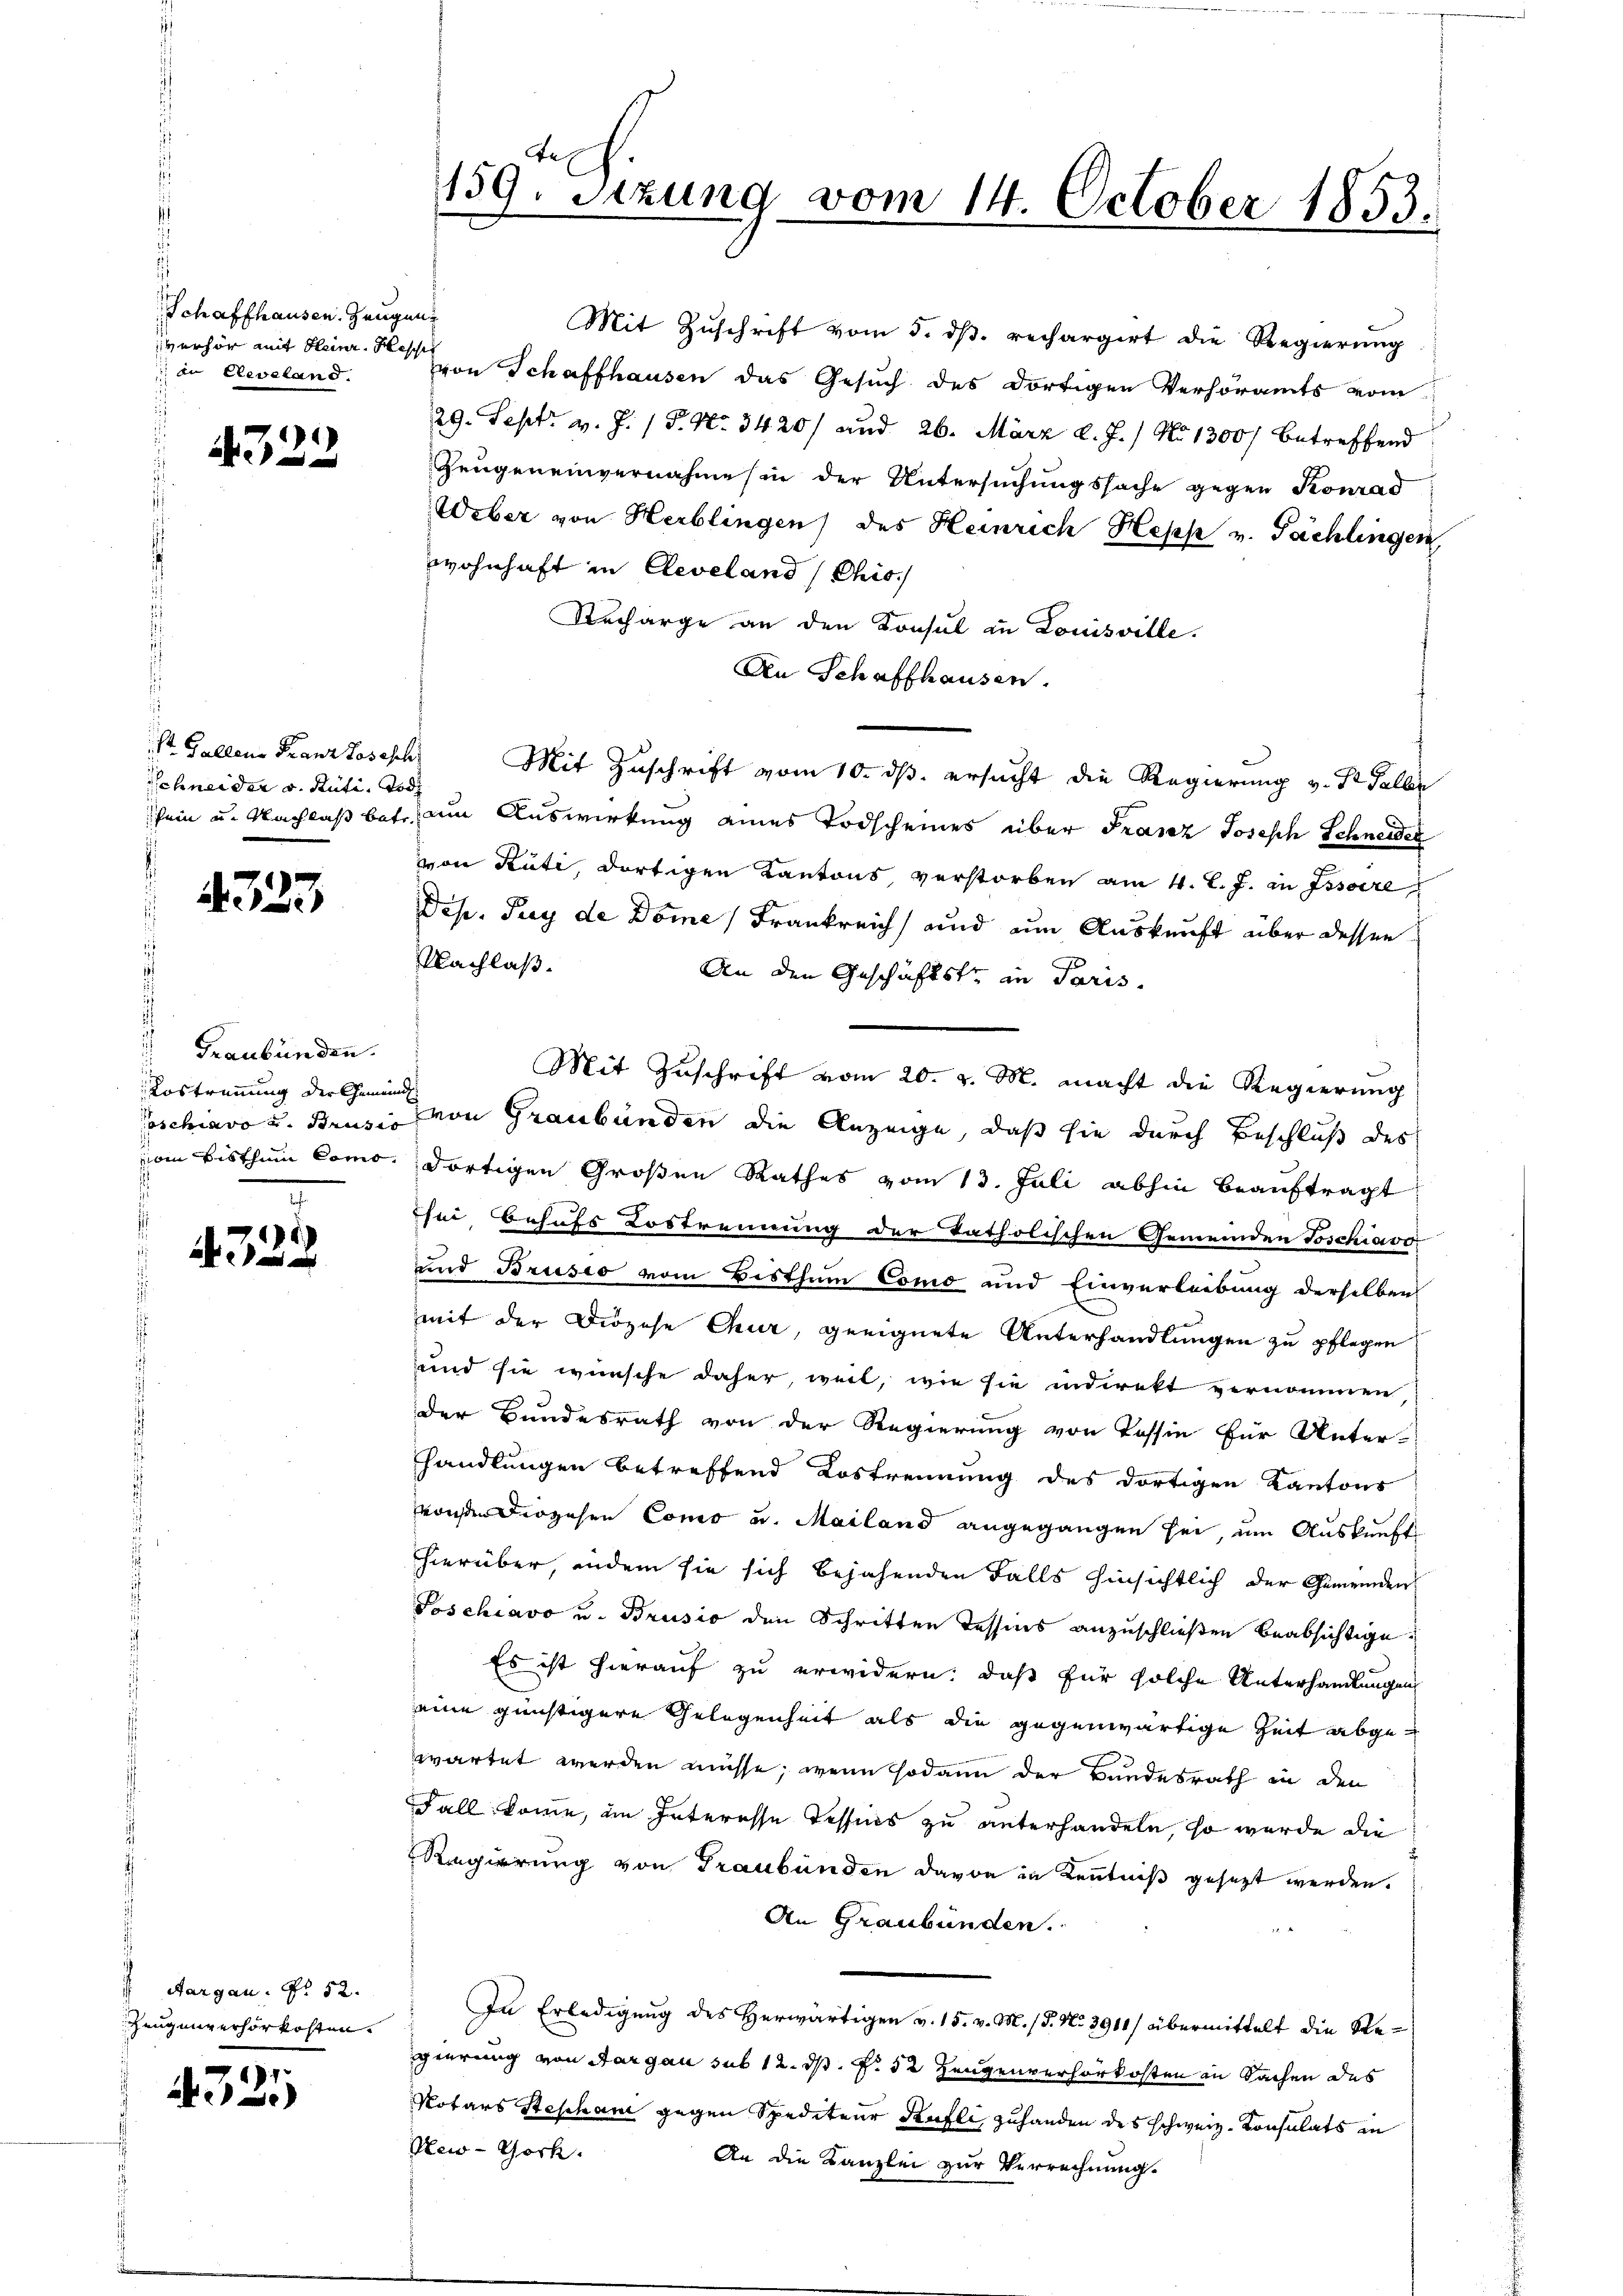
Schaffhausen. Zeugenverhör mit Heinr. Hessi
 in Reveland.

)
 f 0 x

St. Gallene Franz Losesch
Schneider v. Rüti, Tod

4323

Graubünden.
Lostrennung der Gemeind
s

4.333

Aargau. Nr. 52.
Zeugenverhörkosten.

4325

Mit Zŭschrift vom 5. dβ. rechargirt die Regierŭng
vvon Schaffhausen das Gesuch des dortigen Verhöramts vom
29. Sept. v. J. P. Nr. 3420/ und 26. März d. J.) No 1300) betreffend
Zeugeneinvernahme in der Untersuchungssache gegen Konrad
Weber von Herblingen des Heinrich Hess v. Fächlingen
wohnhaft in Cleveland (Chis.
Recharge an den Konsul in Louisville.
An Schaffhausen.
Mit Zuschrift vom 10. ds. ersucht die Regierung v. St. Galler
sein u. Nachlaß betr. um Auswirkung eines Todscheines über Franz Joseph Schneider
von Rüti, dortigen Kantons, verstorben am 4. l. J. in Issoire
Dese. Frey de Dome Frankreich und um Auskunft über dessen
Nachlaß.
An den Geschäftstr in Paris
Mit Zuschrift vom 20. v. M. macht die Regierung
oschiavo u. Brus von Graubünden die Anzeige, daß sie durch Beschluß des
vom Bisthum Como dortigen Großen Rathes vom 13. Juli abhin beauftragt
hei Behufs Lostrennung der katholischen Gemeinden Toschiavo
und Brusio vom Bisthum Como und Einverleibung derselben
mit der Diözese Chur, geeignete Unterhandlungen zu pflegen
und sie wünsche daher, weil, wie sie indirekt vernommen
der Bundesrath von der Regierung von Tessin für Unter-
handlungen betreffend Lostrennung des dortigen Kantons
vonsen Diözesen Conco u. Mailand angegangen sei, um Auskunft
hierüber, andem sie sich bejahenden Falls hinsichtlich der Gemeinden
Poschiavo u. Brusio den Schritten Tessins anzuschließen beabsichtige.
Es ist hierauf zu erwidern, daß für solche Unterhandlungen
eine günstigere Gelegenheit als die gegenwärtige Zeit abgewartet werden müsse, wenn sodann der Bundesrath in den
Fall komme, im Interesse Tessins zu unterhandeln, so wurde die
Regierung von Graubünden davon in Kenntniß gesezt werden.
An Graubünden.
In Erledigung des Herwärtigen v. 15. v. M. / 5. No. 3911/ übermittelt die Regierung von Aargau sub 12. ds. f. 32 Zeugenverhörkosten in Sachen des
Notars Steschan gegen Spediteur Kufli zuhanden des schweiz. Konsulats in
New-York.
An die Kanzlei zur Verrechnung.

159. Setzung vom 14. October 1853.